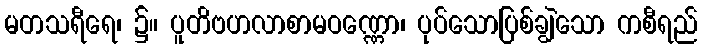
မတသရီရေ၊ ၌။ ပူတိဗဟလာစာမဝဏ္ဏော၊ ပုပ်သောပြစ်ချွဲသော ကစီရည်